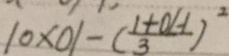
1 0 \times 0 1 - ( \frac { 1 + 0 H } { 3 } ) ^ { 2 }